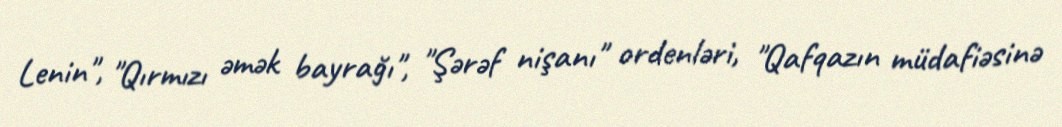
Lenin", "Qırmızı əmək bayrağı", "Şərəf nişanı" ordenləri, "Qafqazın müdafiəsinə